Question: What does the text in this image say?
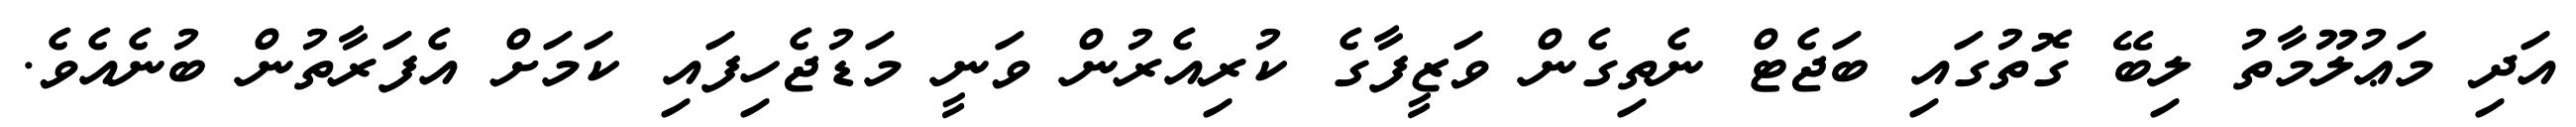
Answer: އަދި މަޢުލޫމާތު ލިބޭ ގޮތުގައި ބަޖެޓް ނެތިގެން ވަޒީފާގެ ކުރިއެރުން ވަނީ މަޑުޖެހިފައި ކަމަށް އެފަރާތުން ބުނެއެވެ.